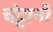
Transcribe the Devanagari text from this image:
चंट्टानों